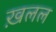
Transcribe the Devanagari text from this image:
ख़लल